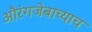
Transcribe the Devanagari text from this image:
औरंगजेबाच्याच